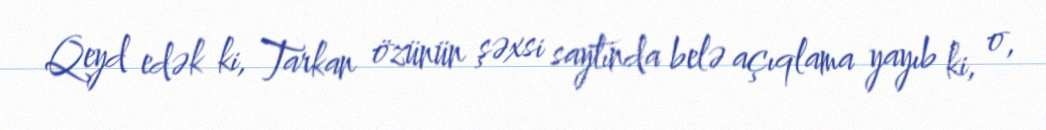
Qeyd edək ki, Tarkan özünün şəxsi saytında belə açıqlama yayıb ki, o,